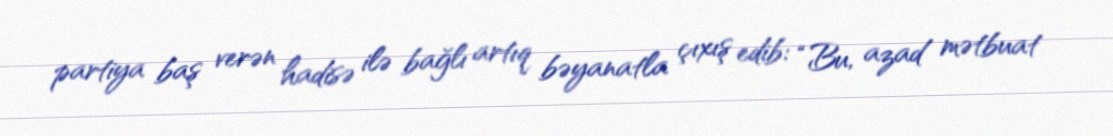
partiya baş verən hadisə ilə bağlı artıq bəyanatla çıxış edib: “Bu, azad mətbuat